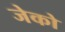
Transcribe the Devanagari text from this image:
जेको